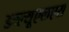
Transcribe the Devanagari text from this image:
डब्ल्यूएलएस